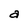
Character: a